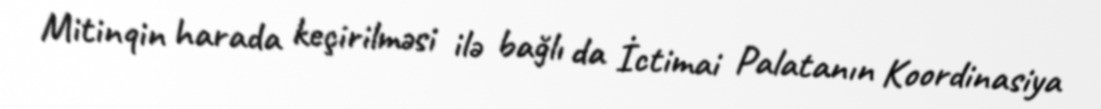
Mitinqin harada keçirilməsi ilə bağlı da İctimai Palatanın Koordinasiya